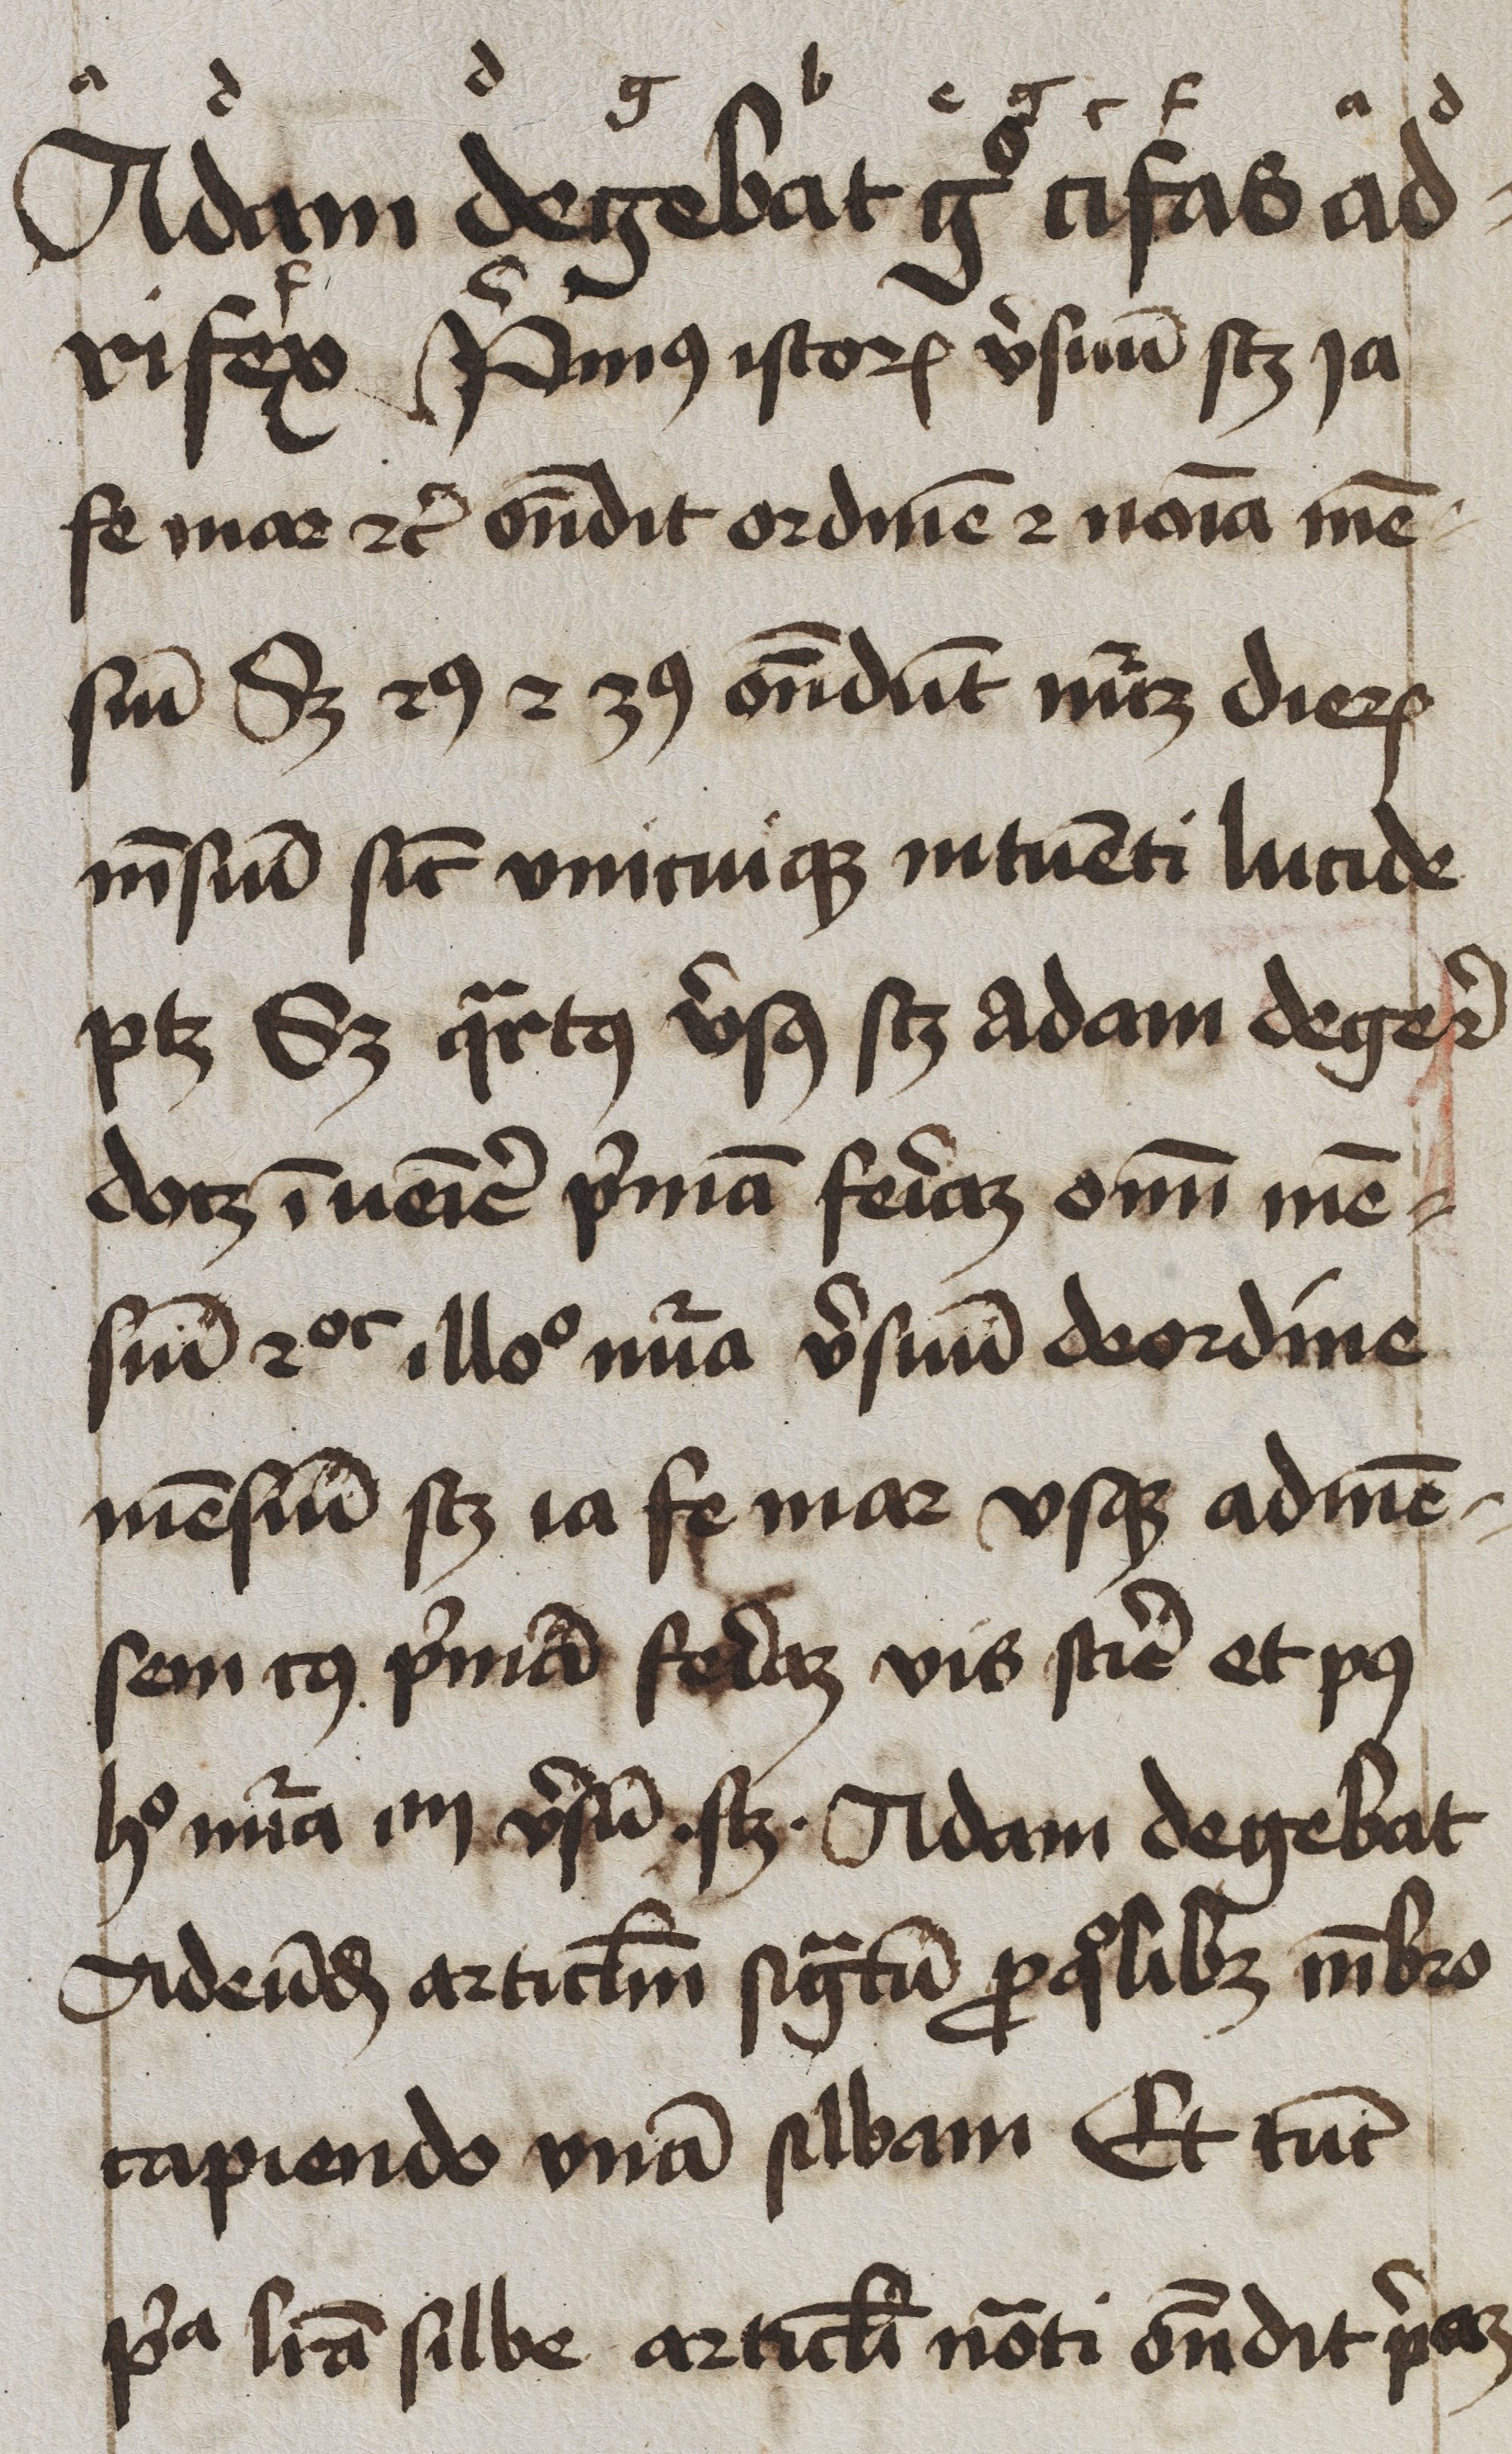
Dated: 1400–1449